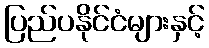
ပြည်ပနိုင်ငံများနှင့်